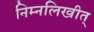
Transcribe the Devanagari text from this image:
निम्नलिखीत्